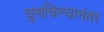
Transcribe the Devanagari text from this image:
घुसविल्यानंतर